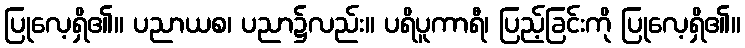
ပြုလေ့ရှိ၏။ ပညာယစ၊ ပညာ၌လည်း။ ပရိပူကာရီ၊ ပြည့်ခြင်းကို ပြုလေ့ရှိ၏။